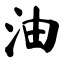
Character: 油